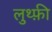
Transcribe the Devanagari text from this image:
लुथ्फ़ी